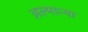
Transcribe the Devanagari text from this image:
अल्मान्या